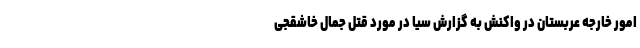
امور خارجه عربستان در واکنش به گزارش سیا در مورد قتل جمال خاشقجی